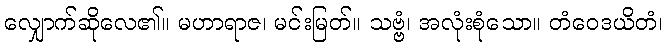
လျှောက်ဆိုလေ၏။ မဟာရာဇ၊ မင်းမြတ်။ သဗ္ဗံ၊ အလုံးစုံသော။ တံဝေဒယိတံ၊